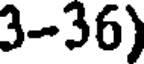
3-36)